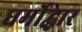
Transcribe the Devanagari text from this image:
धर्मोद्धार